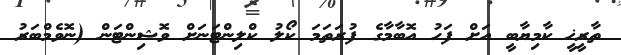
ތާރީޚީ ކާމިޔާބީ އަށް ފަހު އޮބާމާގެ ފުރަތަމަ ކޯލު ކްލިންޓަނަށް ވޮޝިންޓަން (ނޮވެމްބަރު